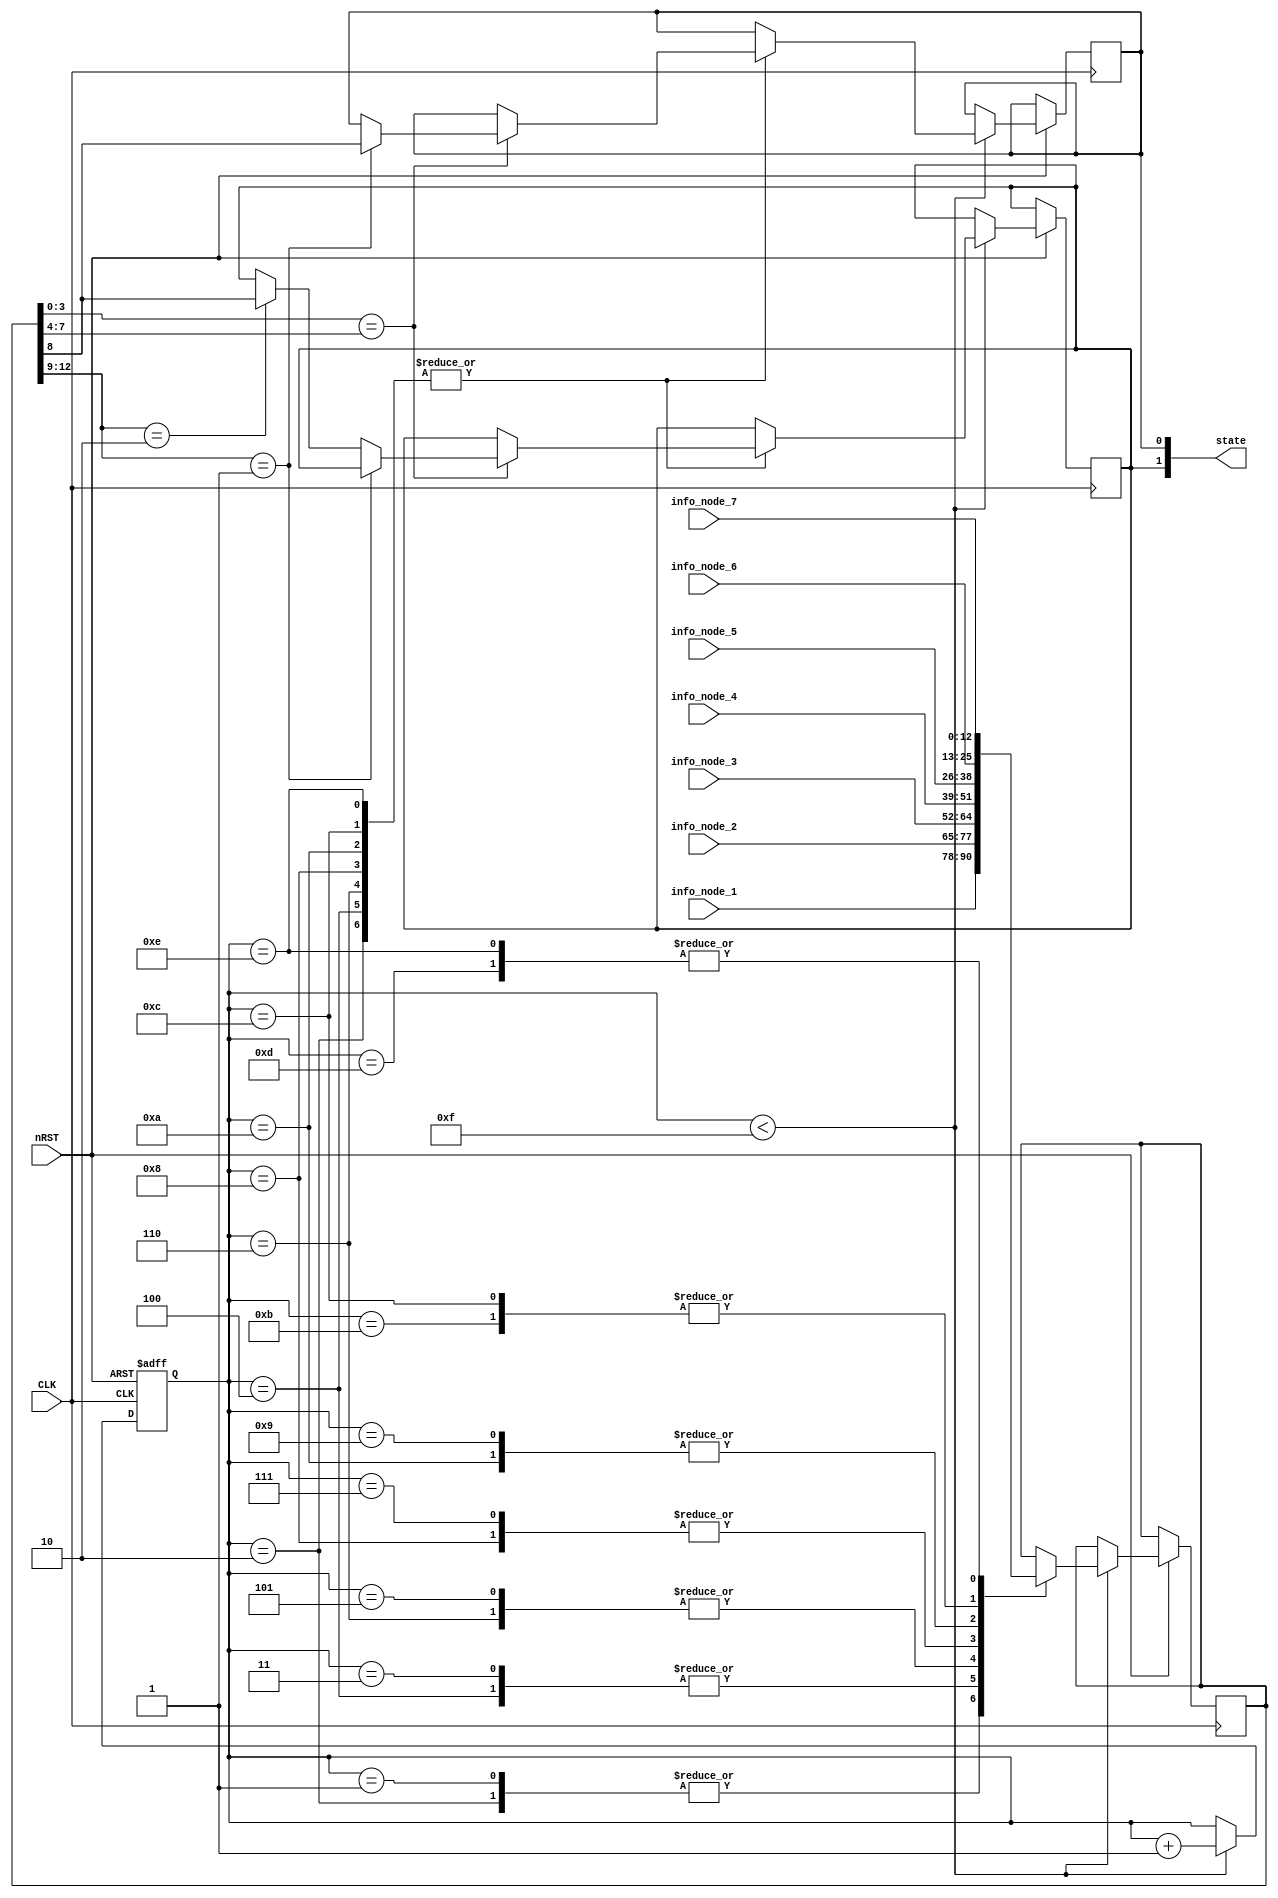
`timescale 1ns / 1ps
//////////////////////////////////////////////////////////////////////////////////
// Company: 
// Engineer: 
// 
// Design Name: 
// Module Name:    select_not_leaf_state 
// Project Name: 
// Target Devices: 
// Tool versions: 
// Description: 
//
// Dependencies: 
//
// Revision: 
// Revision 0.01 - File Created
// Additional Comments: 
//
//////////////////////////////////////////////////////////////////////////////////
module select_not_leaf_state(CLK,nRST,info_node_1,info_node_2,info_node_3,info_node_4,info_node_5,info_node_6,
info_node_7,state);
	input CLK;
	input nRST;
	input [12:0] info_node_1;
	input [12:0] info_node_2;
	input [12:0] info_node_3;
	input [12:0] info_node_4;
	input [12:0] info_node_5;
	input [12:0] info_node_6;
	input [12:0] info_node_7;
	
	output [1:0] state;
	reg state_S0;
	reg state_S1;
	reg state_S2;
	
	reg [12:0] temp_node;
	reg [11:0] counter;
	
	wire [3:0] S1;
	wire [3:0] S2;

	assign S1 = 4'b0001;
	assign S2 = 4'b0010;
	
	always @ (posedge CLK or negedge nRST)
	begin
		if(!nRST)
			counter <= 1;
		else 
			begin
			if(counter < 12'h00f)
				begin
				counter <= counter + 1;
				case(counter)
				12'h001: temp_node <= info_node_1;
				12'h002: begin
						  temp_node <= info_node_1;
						  if(temp_node[3:0] == temp_node[7:4])
								begin
								case(temp_node[12:9])
								S1: state_S1 <= temp_node[8];
								S2: state_S2 <= temp_node[8];
								default:;
								endcase
								end
							else;
							end
				12'h003: temp_node <= info_node_2;
				12'h004: begin
						  temp_node <= info_node_2;
						  if(temp_node[3:0] == temp_node[7:4])
								begin
								case(temp_node[12:9])
								S1: state_S1 <= temp_node[8];
								S2: state_S2 <= temp_node[8];
								default:;
								endcase
								end
							else;
							end
				12'h005: temp_node <= info_node_3;
				12'h006: begin
						  temp_node <= info_node_3;
						  if(temp_node[3:0] == temp_node[7:4])
								begin
								case(temp_node[12:9])
								S1: state_S1 <= temp_node[8];
								S2: state_S2 <= temp_node[8];
								default:;
								endcase
								end
							else;
							end
				12'h007: temp_node <= info_node_4;
				12'h008: begin
						  temp_node <= info_node_4;
						  if(temp_node[3:0] == temp_node[7:4])
								begin
								case(temp_node[12:9])
								S1: state_S1 <= temp_node[8];
								S2: state_S2 <= temp_node[8];
								default:;
								endcase
								end
							else;
							end
				12'h009: temp_node <= info_node_5;
				12'h00a: begin
						  temp_node <= info_node_5;
						  if(temp_node[3:0] == temp_node[7:4])
								begin
								case(temp_node[12:9])
								S1: state_S1 <= temp_node[8];
								S2: state_S2 <= temp_node[8];
								default:;
								endcase
								end
							else;
							end
				12'h00b: temp_node <= info_node_6;
				12'h00c: begin
						  temp_node <= info_node_6;
						  if(temp_node[3:0] == temp_node[7:4])
								begin
								case(temp_node[12:9])
								S1: state_S1 <= temp_node[8];
								S2: state_S2 <= temp_node[8];
								default:;
								endcase
								end
							else;
							end
				12'h00d: temp_node <= info_node_7;
				12'h00e: begin
						  temp_node <= info_node_7;
						  if(temp_node[3:0] == temp_node[7:4])
								begin
								case(temp_node[12:9])
								S1: state_S1 <= temp_node[8];
								S2: state_S2 <= temp_node[8];
								default:;
								endcase
								end
							else;
							end
				default:;
				endcase
							
				end
			else;
			end
	end
	assign state = {state_S2,state_S1};

endmodule